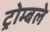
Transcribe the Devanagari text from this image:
ट्रोम्बले